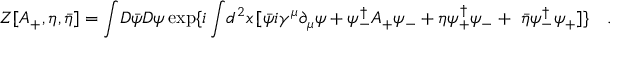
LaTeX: Z [ A _ { + } , \eta , { \bar { \eta } } ] = \int \! D \bar { \psi } D \psi \exp \{ i \int \! d ^ { 2 } x \, [ \bar { \psi } i \gamma ^ { \mu } \partial _ { \mu } \psi + \psi _ { - } ^ { \dagger } A _ { + } \psi _ { - } + \eta \psi _ { + } ^ { \dagger } \psi _ { - } + { \ \bar { \eta } } \psi _ { - } ^ { \dagger } \psi _ { + } ] \} \quad .